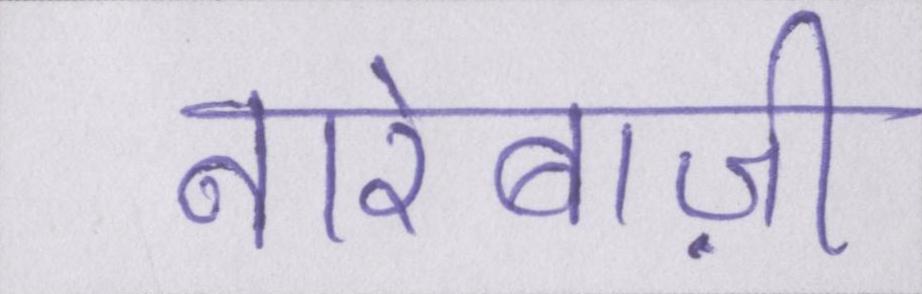
नारेबाज़ी